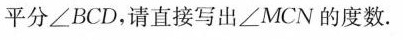
平分∠BCD，请直接写出∠MCN的度数。